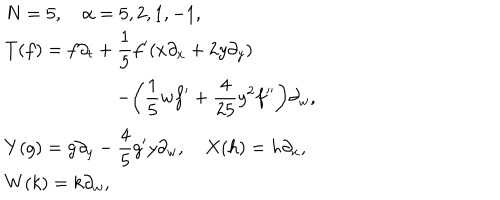
\begin{array} { l } { { N = 5 , \quad \alpha = 5 , 2 , 1 , - 1 , } } \\ { { \displaystyle T ( f ) = f \partial _ { t } + \frac { 1 } { 5 } f ^ { \prime } ( x \partial _ { x } + 2 y \partial _ { y } ) } } \\ { { \displaystyle \qquad \qquad \qquad - \biggl ( \frac { 1 } { 5 } w f ^ { \prime } + \frac { 4 } { 2 5 } y ^ { 2 } f ^ { \prime \prime } \biggr ) \partial _ { w } , } } \\ { { \displaystyle Y ( g ) = g \partial _ { y } - \frac { 4 } { 5 } g ^ { \prime } y \partial _ { w } , \quad X ( h ) = h \partial _ { x } , } } \\ { { \displaystyle W ( k ) = k \partial _ { w } , } } \\ \end{array}